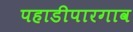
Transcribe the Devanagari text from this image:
पहाडीपारगाव